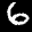
Label: 6